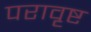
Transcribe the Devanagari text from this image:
परावृष्ट